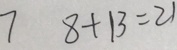
7 8 + 1 3 = 2 1